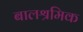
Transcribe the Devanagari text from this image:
बालश्रमिक